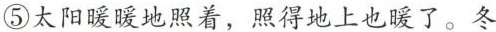
⑤太阳暖暖地照着，照得地上也了。冬